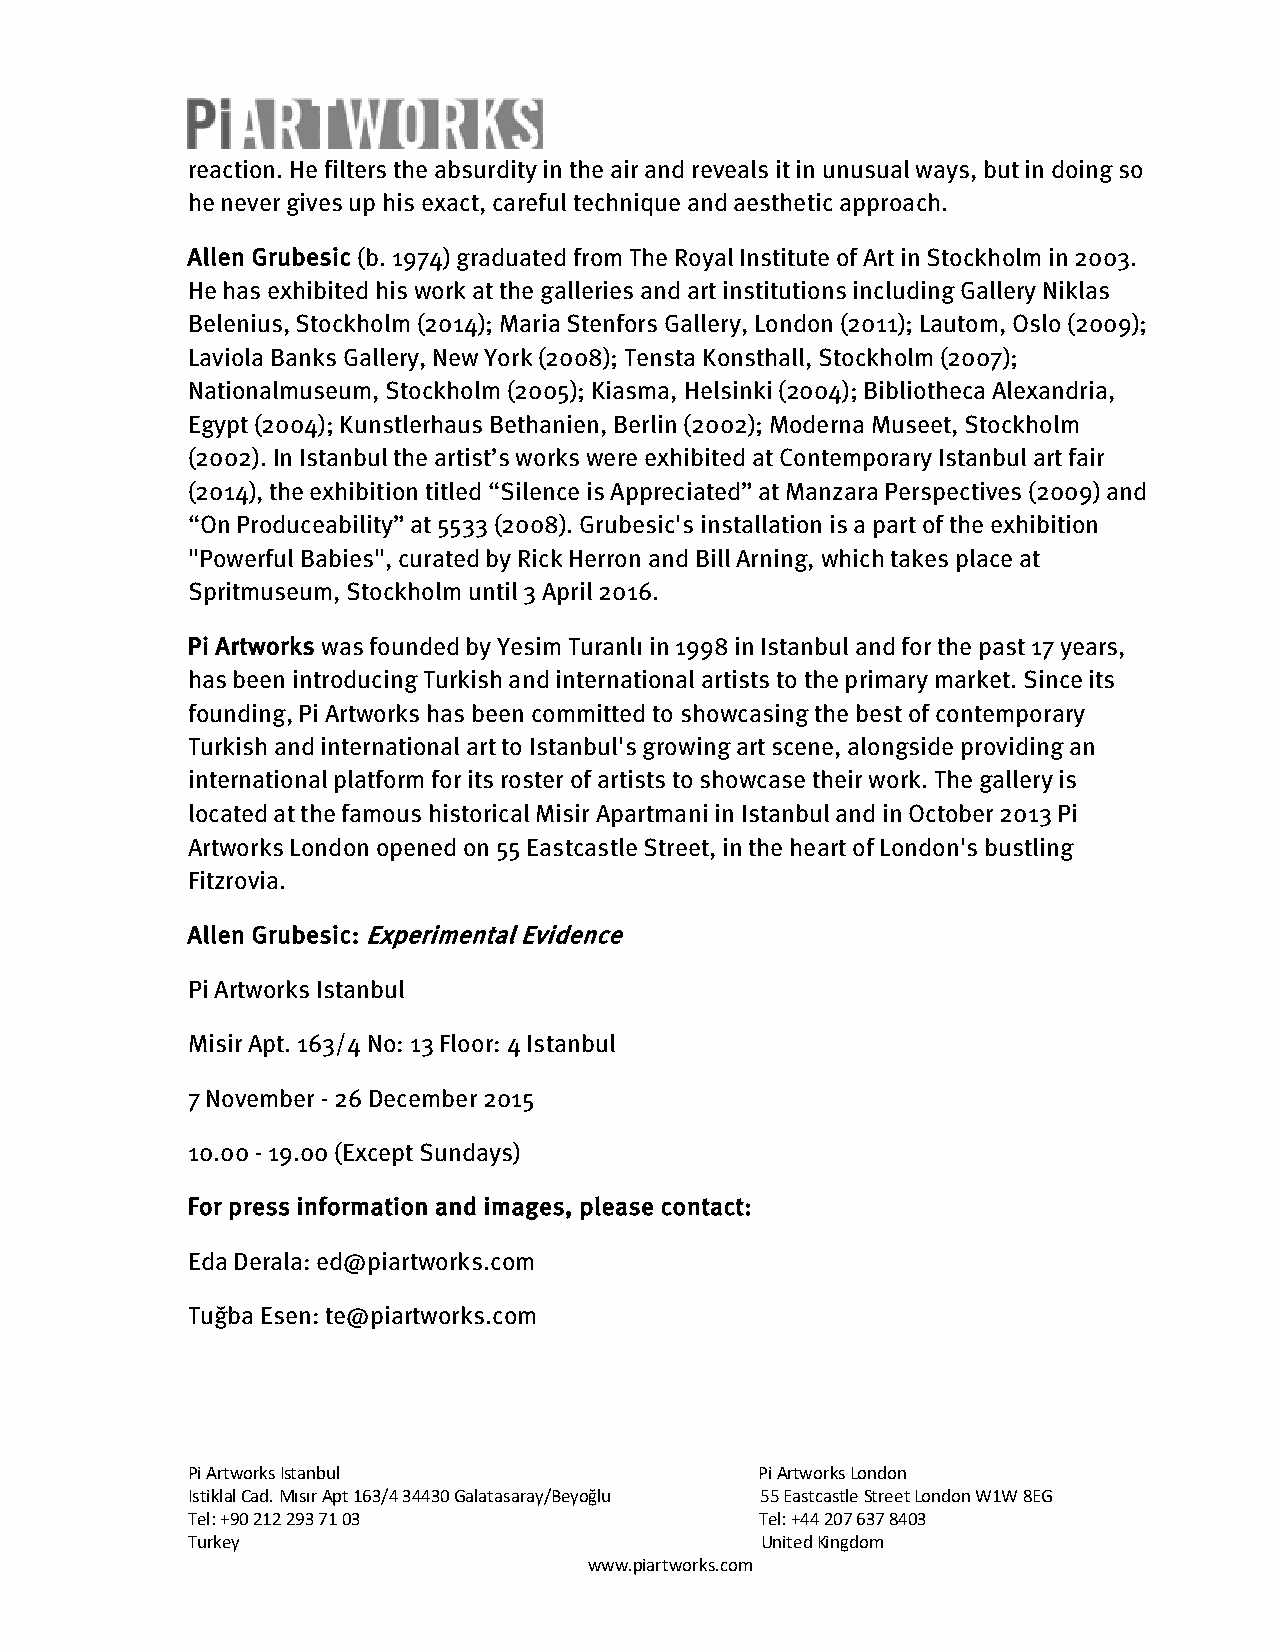
reaction. He filters the absurdity in the air and reveals it in unusual ways, but in doing so
 he never gives up his exact, careful technique and aesthetic approach.
 Allen Grubesic (b. 1974) graduated from The Royal Institute of Art in Stockholm in 2003.
 He has exhibited his work at the galleries and art institutions including Gallery Niklas
 Belenius, Stockholm (2014); Maria Stenfors Gallery, London (2011); Lautom, Oslo (2009);
 Laviola Banks Gallery, New York (2008); Tensta Konsthall, Stockholm (2007);
 Nationalmuseum, Stockholm (2005); Kiasma, Helsinki (2004); Bibliotheca Alexandria,
 Egypt (2004); Kunstlerhaus Bethanien, Berlin (2002); Moderna Museet, Stockholm
 (2002). In Istanbul the artist’s works were exhibited at Contemporary Istanbul art fair
 (2014), the exhibition titled “Silence is Appreciated” at Manzara Perspectives (2009) and
 “On Produceability” at 5533 (2008). Grubesic's installation is a part of the exhibition
 "Powerful Babies", curated by Rick Herron and Bill Arning, which takes place at
 Spritmuseum, Stockholm until 3 April 2016.
 Pi Artworks was founded by Yesim Turanlı in 1998 in Istanbul and for the past 17 years,
 has been introducing Turkish and international artists to the primary market. Since its
 founding, Pi Artworks has been committed to showcasing the best of contemporary
 Turkish and international art to Istanbul's growing art scene, alongside providing an
 international platform for its roster of artists to showcase their work. The gallery is
 located at the famous historical Misir Apartmani in Istanbul and in October 2013 Pi
 Artworks London opened on 55 Eastcastle Street, in the heart of London's bustling
 Fitzrovia.
 Allen Grubesic: Experimental Evidence
 Pi Artworks Istanbul
 Misir Apt. 163/4 No: 13 Floor: 4 Istanbul
 7 November - 26 December 2015
 10.00 - 19.00 (Except Sundays)
 For press information and images, please contact:
 Eda Derala: ed@piartworks.com
 Tuğba Esen: te@piartworks.com
 Pi Artworks Istanbul                  Pi Artworks London
 Istiklal Cad. Mısır Apt 163/4 34430 Galatasaray/Beyoğlu 55 Eastcastle Street London W1W 8EG
 Tel: +90 212 293 71 03                Tel: +44 207 637 8403
 Turkey                                United Kingdom
 www.piartworks.com